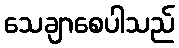
သေချာစေပါသည်